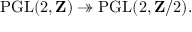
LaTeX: \operatorname { P G L } ( 2 , \mathbf { Z } ) \twoheadrightarrow \operatorname { P G L } ( 2 , \mathbf { Z } / 2 ) .